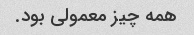
همه چیز معمولی بود.